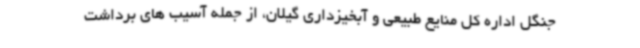
جنگل اداره کل منایع طبیعی و آبخیزداری گیلان، از جمله آسیب های برداشت